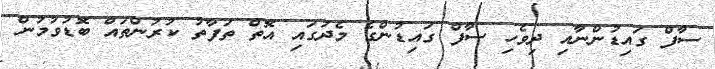
ސާފް ގައިޑުންނާއި ދިވެހި ސާފް ގައިޑުންގެ މެދުގައި އޮތް ތަފާތު ކުރުންތައް ބޮޑުވުމުން